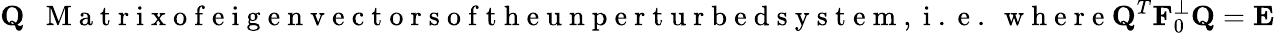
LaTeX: {\mathbf Q}~~\mathrm{~M~a~t~r~i~x~o~f~e~i~g~e~n~v~e~c~t~o~r~s~o~f~t~h~e~u~n~p~e~r~t~u~r~b~e~d~s~y~s~t~e~m~,~i~.~e~.~\ w~h~e~r~e~}{\mathbf Q}^{T}{\mathbf F}_{0}^{\perp}{\mathbf Q}={\mathbf E}